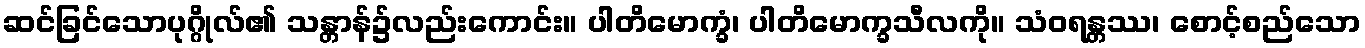
ဆင်ခြင်သောပုဂ္ဂိုလ်၏ သန္တာန်၌လည်းကောင်း။ ပါတိမောက္ခံ၊ ပါတိမောက္ခသီလကို။ သံဝရန္တဿ၊ စောင့်စည်သော